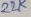
Text: 22K